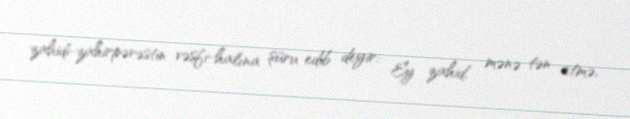
zahidi-zahirpərəstin vəsfi-halına şüru edib deyir: Ey zahid, mənə tən etmə,